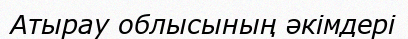
Атырау облысының әкімдері